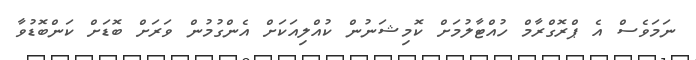
ނަމަވެސް އެ ޕްރޮގްރާމް ހުއްޓާލުމަށް ކޮމިޝަނުން ކުއްލިއަކަށް އެންގުމުން ވަރަށް ބޮޑަށް ކަންބޮޑުވާ